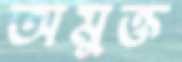
অমুক্ত